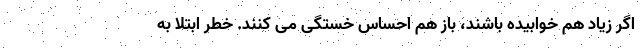
اگر زیاد هم خوابیده باشند، باز هم احساس خستگی می کنند. خطر ابتلا به